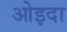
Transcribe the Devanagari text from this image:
ओइदा